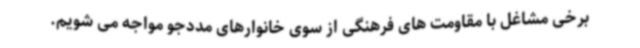
برخی مشاغل با مقاومت های فرهنگی از سوی خانوارهای مددجو مواجه می شویم.